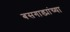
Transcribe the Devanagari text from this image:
बसगाड्यांच्या